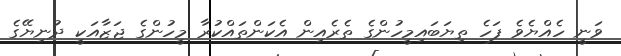
ވަނީ ހެއްޔެވެ ފަހެ ތިޔަބައިމީހުންގެ ތެރެއިން އެކަންތައްކުރާ މީހުންގެ ޖަޒާއަކީ ދުނިޔޭގެ